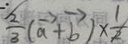
\frac { 2 } { 3 } ( \overrightarrow { a } + \overrightarrow { b } ) \times \frac { 1 } { 2 }